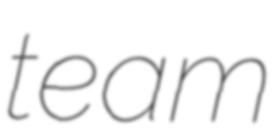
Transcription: team